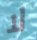
لا